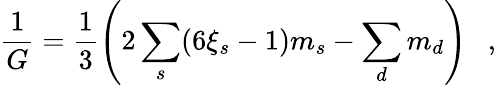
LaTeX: {\frac{1}{G}}=\frac 13\left(2\sum_{s}(6\xi_{s}-1)m_{s}-\sum_{d}m_{d}\right)~~~,